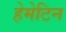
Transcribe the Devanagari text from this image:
हेमेटिन